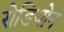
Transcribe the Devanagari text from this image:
रोडियोन